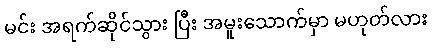
မင်း အရက်ဆိုင်သွား ပြီး အမူးသောက်မှာ မဟုတ်လား